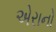
એરાનો